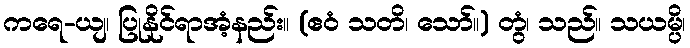
ကရေ-ယျ၊ ပြုနိုင်ရာအံ့နည်း။ (ဧဝံ သတိ၊ သော်။) တွံ၊ သည်။ သယမ္ပိ၊